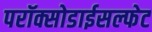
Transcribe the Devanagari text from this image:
परॉक्सोडाईसल्फेट